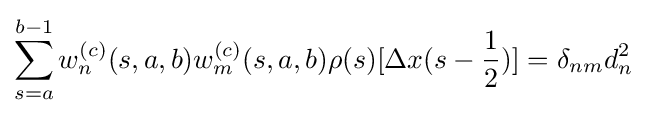
\sum _{s=a}^{b-1}w_{n}^{(c)}(s,a,b)w_{m}^{(c)}(s,a,b)\rho (s)[\Delta x(s-{\frac {1}{2}})]=\delta _{nm}d_{n}^{2}